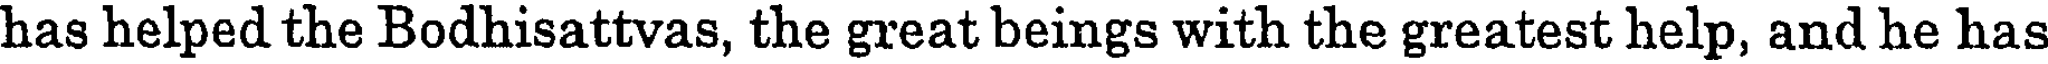
has helped the Bodhisattvas, the great beings with the greatest help, and he has